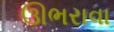
ઊભરાવા